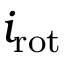
{ i _ { \mathrm { r o t } } }